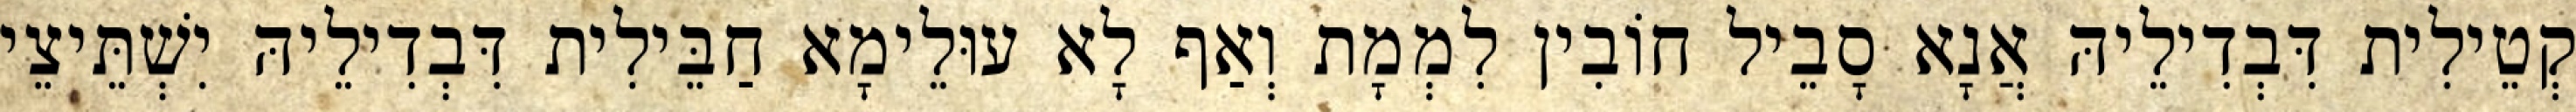
קְטֵילִית דִּבְדִילֵיהּ אֲנָא סָבֵיל חוֹבִין לִמְמָת וְאַף לָא עוּלֵימָא חַבֵּילִית דִּבְדִילֵיהּ יִשְׁתֵּיצֵי